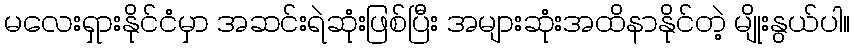
မလေးရှားနိုင်ငံမှာ အဆင်းရဲဆုံးဖြစ်ပြီး အများဆုံးအထိနာနိုင်တဲ့ မျိုးနွယ်ပါ။